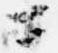
ニ